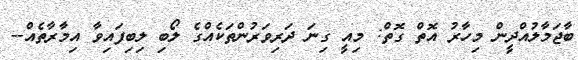
ބާޖަމާލުއްދީން މިހާރު އޮތް ގޮތް: މިއީ ގިނަ ދަރިވަރުންތަކެއްގެ ލޯބި ލިބިފައިވާ އިމާރާތެއް--